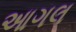
આગલ